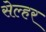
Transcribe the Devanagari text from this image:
सेल्हर